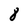
Character: 2